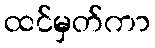
ထင်မှတ်ကာ